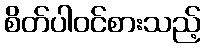
စိတ်ပါဝင်စားသည့်